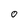
Character: o